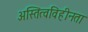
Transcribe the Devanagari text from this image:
अस्तित्वविहीनता